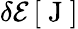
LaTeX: \delta\mathcal{E}\left[\mathrm{~J~}\right]